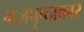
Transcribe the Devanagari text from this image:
गजपृष्ठाकार